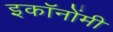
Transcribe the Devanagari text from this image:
इकॉनोंमी